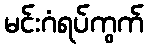
မင်းဂံရပ်ကွက်